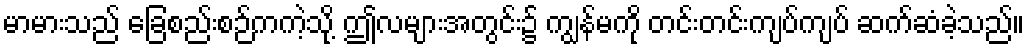
မာမားသည် ခြေစည်းစဉ်ကကဲ့သို့ ဤလများအတွင်း၌ ကျွန်မကို တင်းတင်းကျပ်ကျပ် ဆက်ဆံခဲ့သည်။